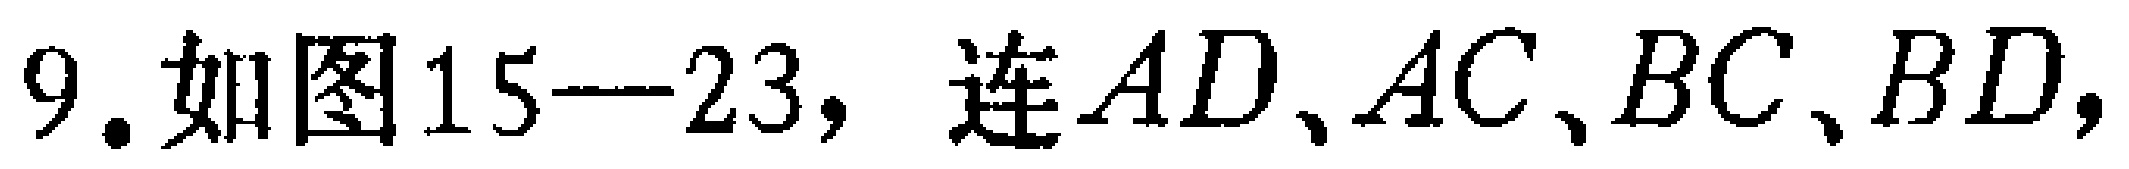
9. 如图15—23，连\(AD、AC、BC、BD\)，